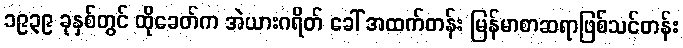
၁၉၃၉ ခုနှစ်တွင် ထိုခေတ်က အဲယားဂရိတ် ခေါ် အထက်တန်း မြန်မာစာဆရာဖြစ်သင်တန်း